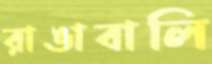
রাঙাবালি